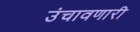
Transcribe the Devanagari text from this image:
उंचावणारी